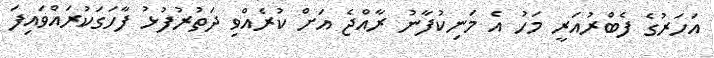
އަހަރުގެ ފެބްރުއަރީ މަހު އެ މަނިކުފާނު ރާއްޖެ އަށް ކުރެއްވި ދަތުރުފުޅު ފާހަގަކުރައްވައިފަ